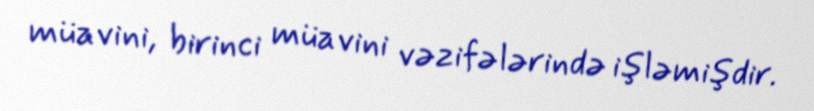
müavini, birinci müavini vəzifələrində işləmişdir.